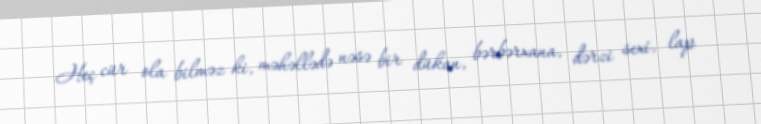
Heç cür ola bilməz ki, məhəllədə nəsə bir dükan, bərbərxana, dərzi sexi, lap